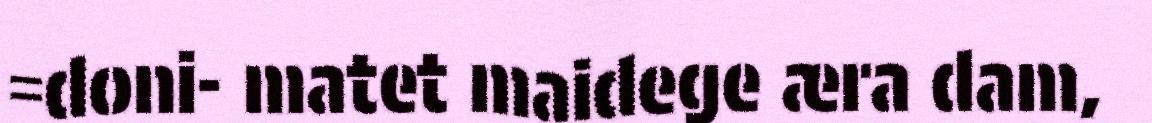
=doni- matet maidege æra dam,